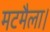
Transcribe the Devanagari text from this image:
मटमैला।